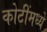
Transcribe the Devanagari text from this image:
कोटींमध्ये